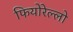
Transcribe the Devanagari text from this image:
फियोरेल्‍लो